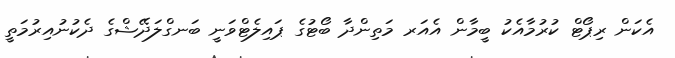
އެކަން ރިޕޯޓް ކުރުމާއެކު ބީމާން އެއަރ މަތިންދާ ބޯޓުގެ ޕައިލެޓްވަނީ ބަނގްލަދޭޝްގެ ދެކުނުއިރުމަތީ